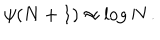
\psi ( N + 1 ) \approx \log N \, .